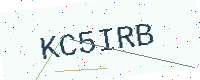
Text: KC5IRB